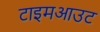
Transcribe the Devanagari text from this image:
टाइमआउट